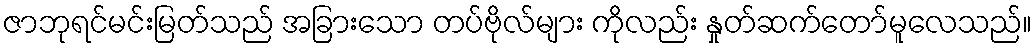
ဇာဘုရင်မင်းမြတ်သည် အခြားသော တပ်ဗိုလ်များ ကိုလည်း နှုတ်ဆက်တော်မူလေသည်။